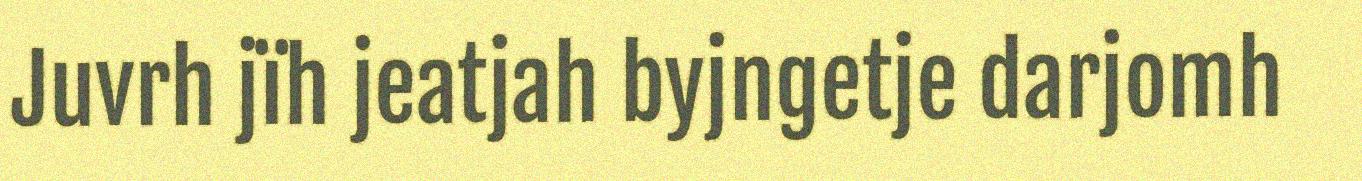
Juvrh jïh jeatjah byjngetje darjomh